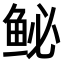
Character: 𫚑